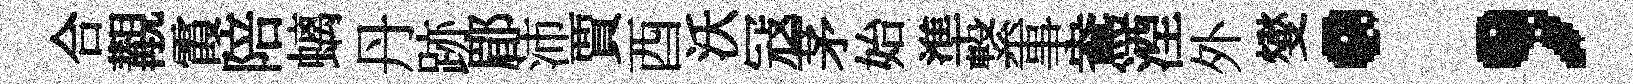
合覯霞陪螭丹跡郿沛賈酉沃冦茅始準繋事鴦湮外燮；